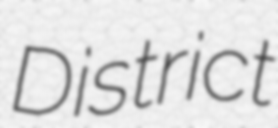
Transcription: District